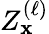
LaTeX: Z_{\mathbf{x}}^{(\ell)}